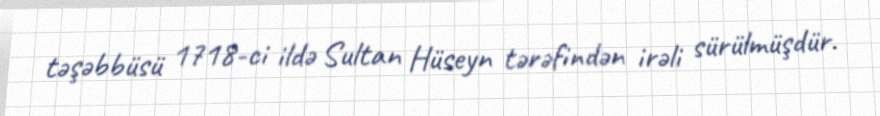
təşəbbüsü 1718-ci ildə Sultan Hüseyn tərəfindən irəli sürülmüşdür.